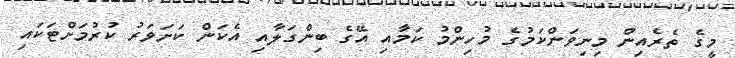
މީގެ ތެރެއިން މިނިވަންކަމުގެ މުހިންމު ކަމާއި އޭގެ ބިންގަލާއި އެކަން ކަށަވަރު ކުރުމަށްޓަކައި